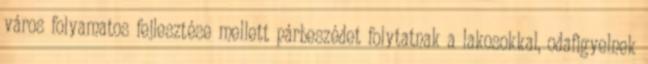
város folyamatos fejlesztése mellett párbeszédet folytatnak a lakosokkal, odafigyelnek